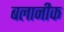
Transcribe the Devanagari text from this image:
बलानीक